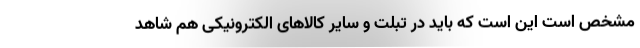
مشخص است این است که باید در تبلت و سایر کالاهای الکترونیکی هم شاهد